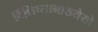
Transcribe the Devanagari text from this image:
र्विशिष्यानाख्येयो